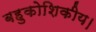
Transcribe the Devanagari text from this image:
बहुकोशिकीय।